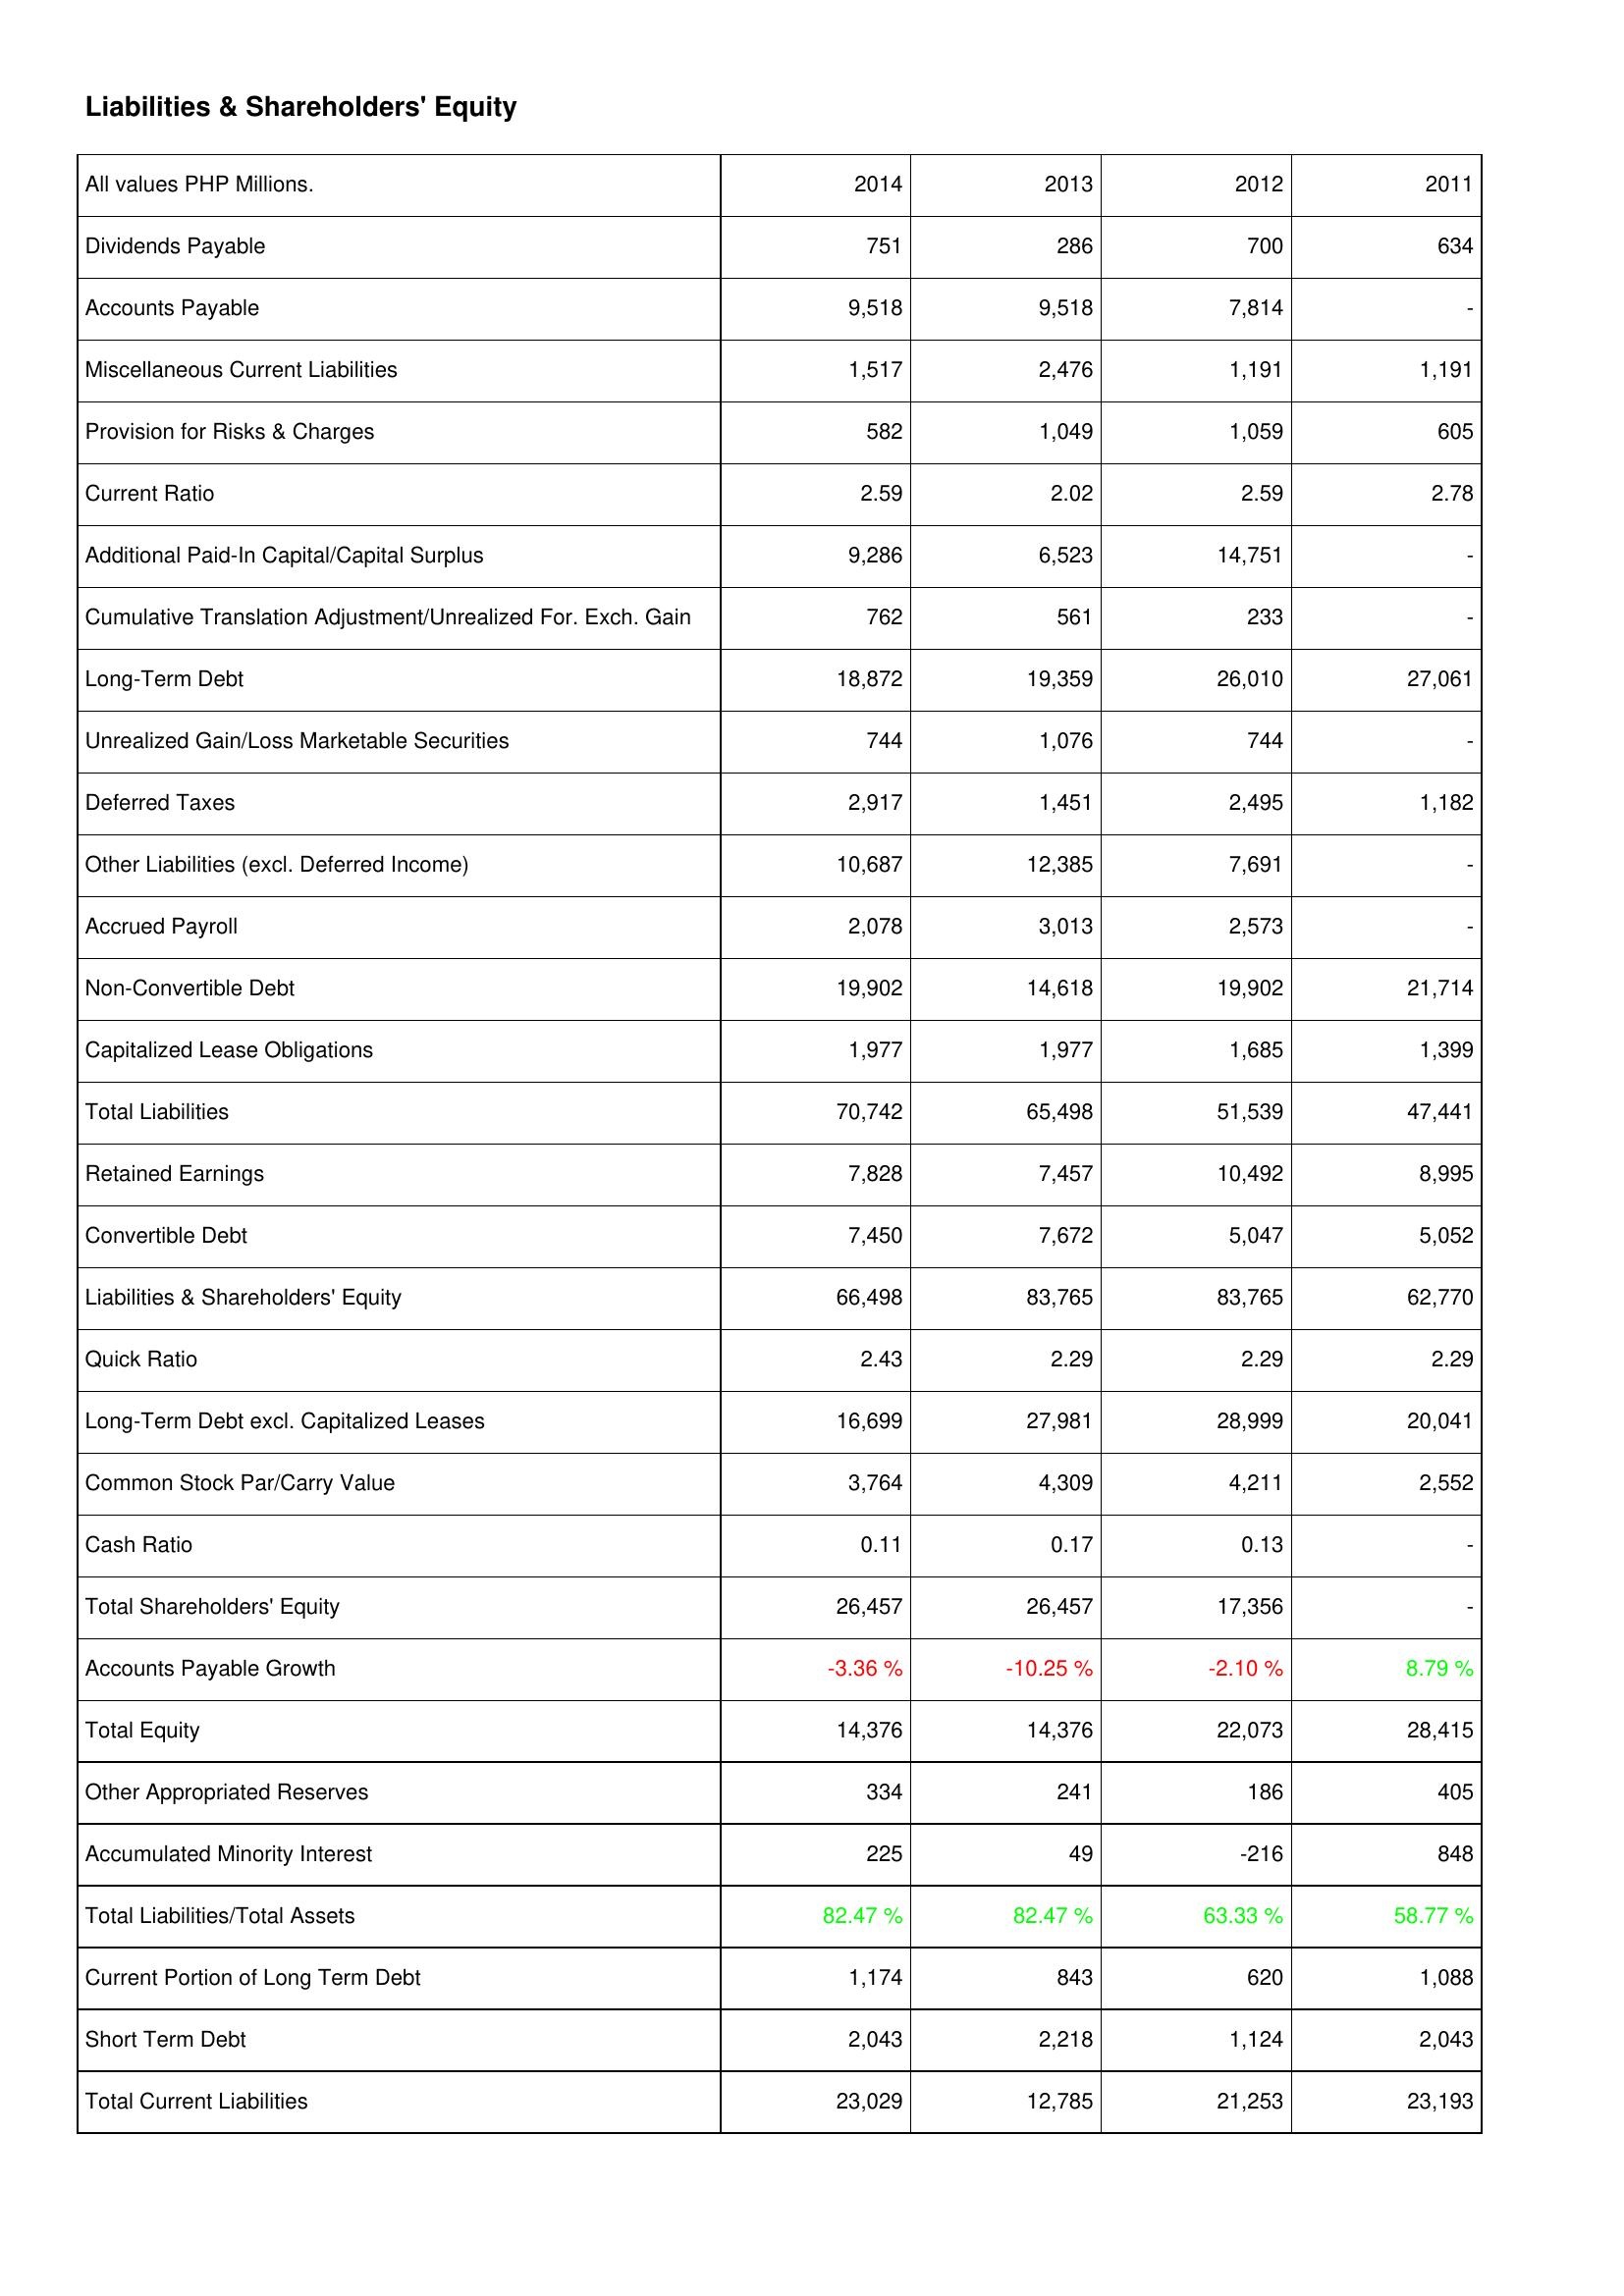
2014: Liabilities & Shareholders' Equity: Dividends Payable: 751
Accounts Payable: 9,518
Miscellaneous Current Liabilities: 1,517
Provision for Risks & Charges: 582
Current Ratio: 2.59
Additional Paid-In Capital/Capital Surplus: 9,286
Cumulative Translation Adjustment/Unrealized For. Exch. Gain: 762
Long-Term Debt: 18,872
Unrealized Gain/Loss Marketable Securities: 744
Deferred Taxes: 2,917
Other Liabilities (excl. Deferred Income): 10,687
Accrued Payroll: 2,078
Non-Convertible Debt: 19,902
Capitalized Lease Obligations: 1,977
Total Liabilities: 70,742
Retained Earnings: 7,828
Convertible Debt: 7,450
Liabilities & Shareholders' Equity: 66,498
Quick Ratio: 2.43
Long-Term Debt excl. Capitalized Leases: 16,699
Common Stock Par/Carry Value: 3,764
Cash Ratio: 0.11
Total Shareholders' Equity: 26,457
Accounts Payable Growth: -3.36 %
Total Equity: 14,376
Other Appropriated Reserves: 334
Accumulated Minority Interest: 225
Total Liabilities/Total Assets: 82.47 %
Current Portion of Long Term Debt: 1,174
Short Term Debt: 2,043
Total Current Liabilities: 23,029
2013: Liabilities & Shareholders' Equity: Dividends Payable: 286
Accounts Payable: 9,518
Miscellaneous Current Liabilities: 2,476
Provision for Risks & Charges: 1,049
Current Ratio: 2.02
Additional Paid-In Capital/Capital Surplus: 6,523
Cumulative Translation Adjustment/Unrealized For. Exch. Gain: 561
Long-Term Debt: 19,359
Unrealized Gain/Loss Marketable Securities: 1,076
Deferred Taxes: 1,451
Other Liabilities (excl. Deferred Income): 12,385
Accrued Payroll: 3,013
Non-Convertible Debt: 14,618
Capitalized Lease Obligations: 1,977
Total Liabilities: 65,498
Retained Earnings: 7,457
Convertible Debt: 7,672
Liabilities & Shareholders' Equity: 83,765
Quick Ratio: 2.29
Long-Term Debt excl. Capitalized Leases: 27,981
Common Stock Par/Carry Value: 4,309
Cash Ratio: 0.17
Total Shareholders' Equity: 26,457
Accounts Payable Growth: -10.25 %
Total Equity: 14,376
Other Appropriated Reserves: 241
Accumulated Minority Interest: 49
Total Liabilities/Total Assets: 82.47 %
Current Portion of Long Term Debt: 843
Short Term Debt: 2,218
Total Current Liabilities: 12,785
2012: Liabilities & Shareholders' Equity: Dividends Payable: 700
Accounts Payable: 7,814
Miscellaneous Current Liabilities: 1,191
Provision for Risks & Charges: 1,059
Current Ratio: 2.59
Additional Paid-In Capital/Capital Surplus: 14,751
Cumulative Translation Adjustment/Unrealized For. Exch. Gain: 233
Long-Term Debt: 26,010
Unrealized Gain/Loss Marketable Securities: 744
Deferred Taxes: 2,495
Other Liabilities (excl. Deferred Income): 7,691
Accrued Payroll: 2,573
Non-Convertible Debt: 19,902
Capitalized Lease Obligations: 1,685
Total Liabilities: 51,539
Retained Earnings: 10,492
Convertible Debt: 5,047
Liabilities & Shareholders' Equity: 83,765
Quick Ratio: 2.29
Long-Term Debt excl. Capitalized Leases: 28,999
Common Stock Par/Carry Value: 4,211
Cash Ratio: 0.13
Total Shareholders' Equity: 17,356
Accounts Payable Growth: -2.10 %
Total Equity: 22,073
Other Appropriated Reserves: 186
Accumulated Minority Interest: -216
Total Liabilities/Total Assets: 63.33 %
Current Portion of Long Term Debt: 620
Short Term Debt: 1,124
Total Current Liabilities: 21,253
2011: Liabilities & Shareholders' Equity: Dividends Payable: 634
Accounts Payable: -
Miscellaneous Current Liabilities: 1,191
Provision for Risks & Charges: 605
Current Ratio: 2.78
Additional Paid-In Capital/Capital Surplus: -
Cumulative Translation Adjustment/Unrealized For. Exch. Gain: -
Long-Term Debt: 27,061
Unrealized Gain/Loss Marketable Securities: -
Deferred Taxes: 1,182
Other Liabilities (excl. Deferred Income): -
Accrued Payroll: -
Non-Convertible Debt: 21,714
Capitalized Lease Obligations: 1,399
Total Liabilities: 47,441
Retained Earnings: 8,995
Convertible Debt: 5,052
Liabilities & Shareholders' Equity: 62,770
Quick Ratio: 2.29
Long-Term Debt excl. Capitalized Leases: 20,041
Common Stock Par/Carry Value: 2,552
Cash Ratio: -
Total Shareholders' Equity: -
Accounts Payable Growth: 8.79 %
Total Equity: 28,415
Other Appropriated Reserves: 405
Accumulated Minority Interest: 848
Total Liabilities/Total Assets: 58.77 %
Current Portion of Long Term Debt: 1,088
Short Term Debt: 2,043
Total Current Liabilities: 23,193